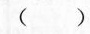
()